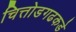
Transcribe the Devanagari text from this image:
चित्तोडगढकडे